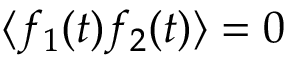
\langle f _ { 1 } ( t ) f _ { 2 } ( t ) \rangle = 0